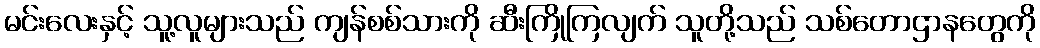
မင်းလေးနှင့် သူ့လူများသည် ကျန်စစ်သားကို ဆီးကြိုကြလျက် သူတို့သည် သစ်တောဌာနတွေကို